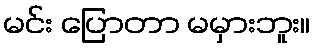
မင်း ပြောတာ မမှားဘူး။